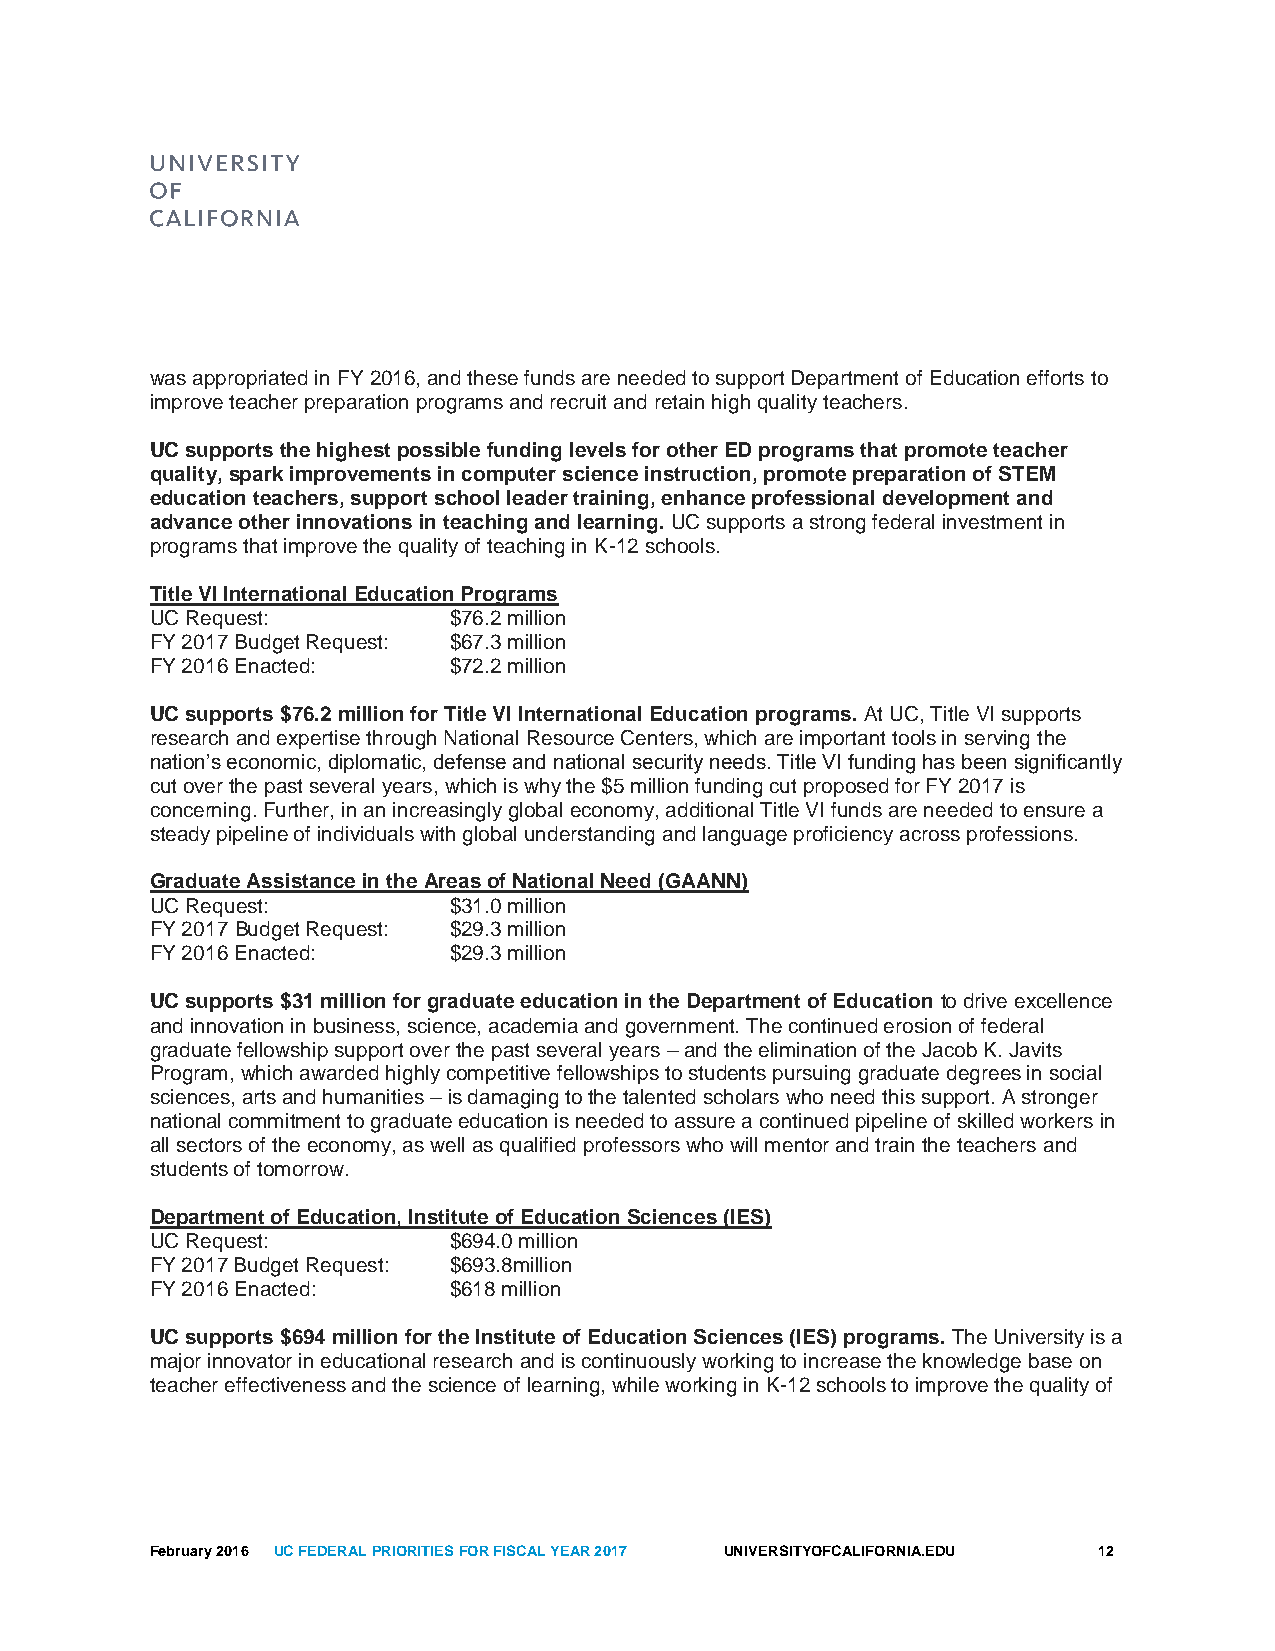
was appropriated in FY 2016, and these funds are needed to support Department of Education efforts to
 improve teacher preparation programs and recruit and retain high quality teachers.
 UC supports the highest possible funding levels for other ED programs that promote teacher
 quality, spark improvements in computer science instruction, promote preparation of STEM
 education teachers, support school leader training, enhance professional development and
 advance other innovations in teaching and learning. UC supports a strong federal investment in
 programs that improve the quality of teaching in K-12 schools.
 Title VI International Education Programs
 UC Request:         $76.2 million
 FY 2017 Budget Request: $67.3 million
 FY 2016 Enacted:    $72.2 million
 UC supports $76.2 million for Title VI International Education programs. At UC, Title VI supports
 research and expertise through National Resource Centers, which are important tools in serving the
 nation’s economic, diplomatic, defense and national security needs. Title VI funding has been significantly
 cut over the past several years, which is why the $5 million funding cut proposed for FY 2017 is
 concerning. Further, in an increasingly global economy, additional Title VI funds are needed to ensure a
 steady pipeline of individuals with global understanding and language proficiency across professions.
 Graduate Assistance in the Areas of National Need (GAANN)
 UC Request:         $31.0 million
 FY 2017 Budget Request: $29.3 million
 FY 2016 Enacted:    $29.3 million
 UC supports $31 million for graduate education in the Department of Education to drive excellence
 and innovation in business, science, academia and government. The continued erosion of federal
 graduate fellowship support over the past several years – and the elimination of the Jacob K. Javits
 Program, which awarded highly competitive fellowships to students pursuing graduate degrees in social
 sciences, arts and humanities – is damaging to the talented scholars who need this support. A stronger
 national commitment to graduate education is needed to assure a continued pipeline of skilled workers in
 all sectors of the economy, as well as qualified professors who will mentor and train the teachers and
 students of tomorrow.
 Department of Education, Institute of Education Sciences (IES)
 UC Request:         $694.0 million
 FY 2017 Budget Request: $693.8million
 FY 2016 Enacted:    $618 million
 UC supports $694 million for the Institute of Education Sciences (IES) programs. The University is a
 major innovator in educational research and is continuously working to increase the knowledge base on
 teacher effectiveness and the science of learning, while working in K-12 schools to improve the quality of
 February 2016 UC FEDERAL PRIORITIES FOR FISCAL YEAR 2017 UNIVERSITYOFCALIFORNIA.EDU 12